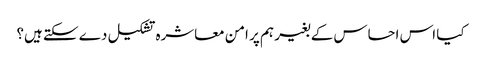
کیا اس احساس کے بغیر ہم پر امن معاشرہ تشکیل دے سکتے ہیں؟